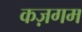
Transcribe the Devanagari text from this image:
कज़गम